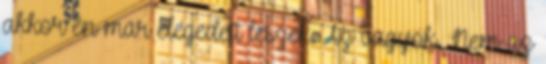
akkor én már elégedett leszek. Az vagyok. Nem az